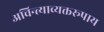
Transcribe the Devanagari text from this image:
अचिन्त्याव्यक्तरूपाय